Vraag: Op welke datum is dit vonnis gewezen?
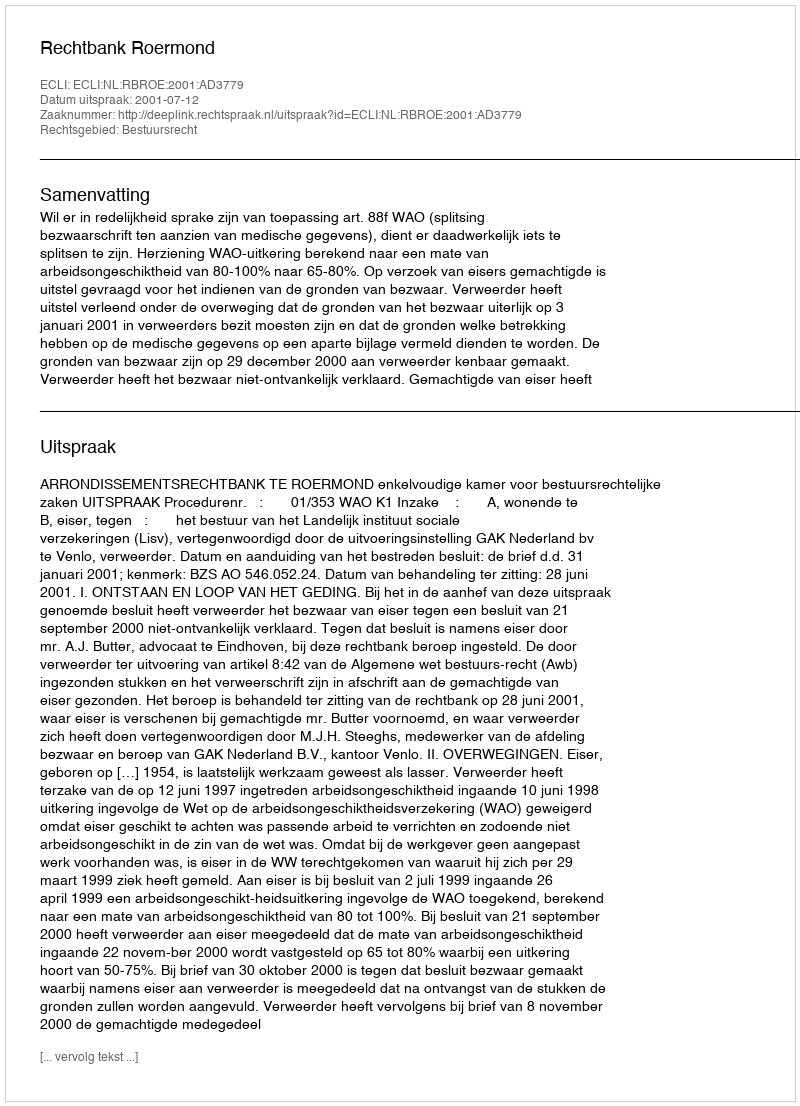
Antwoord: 2001-07-12